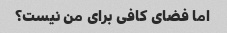
اما فضای کافی برای من نیست؟